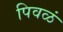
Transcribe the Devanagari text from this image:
पिवळं